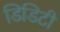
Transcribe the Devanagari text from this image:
डिडिटी